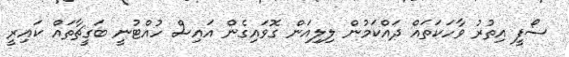
ސޯފީ އިތުރު ވާހަކަތައް ދައްކަމުން ލިލިއަން ގޮވައިގެން އައިސް ހުއްޓުނީ ބަގީޗާތައް ކައިރީ